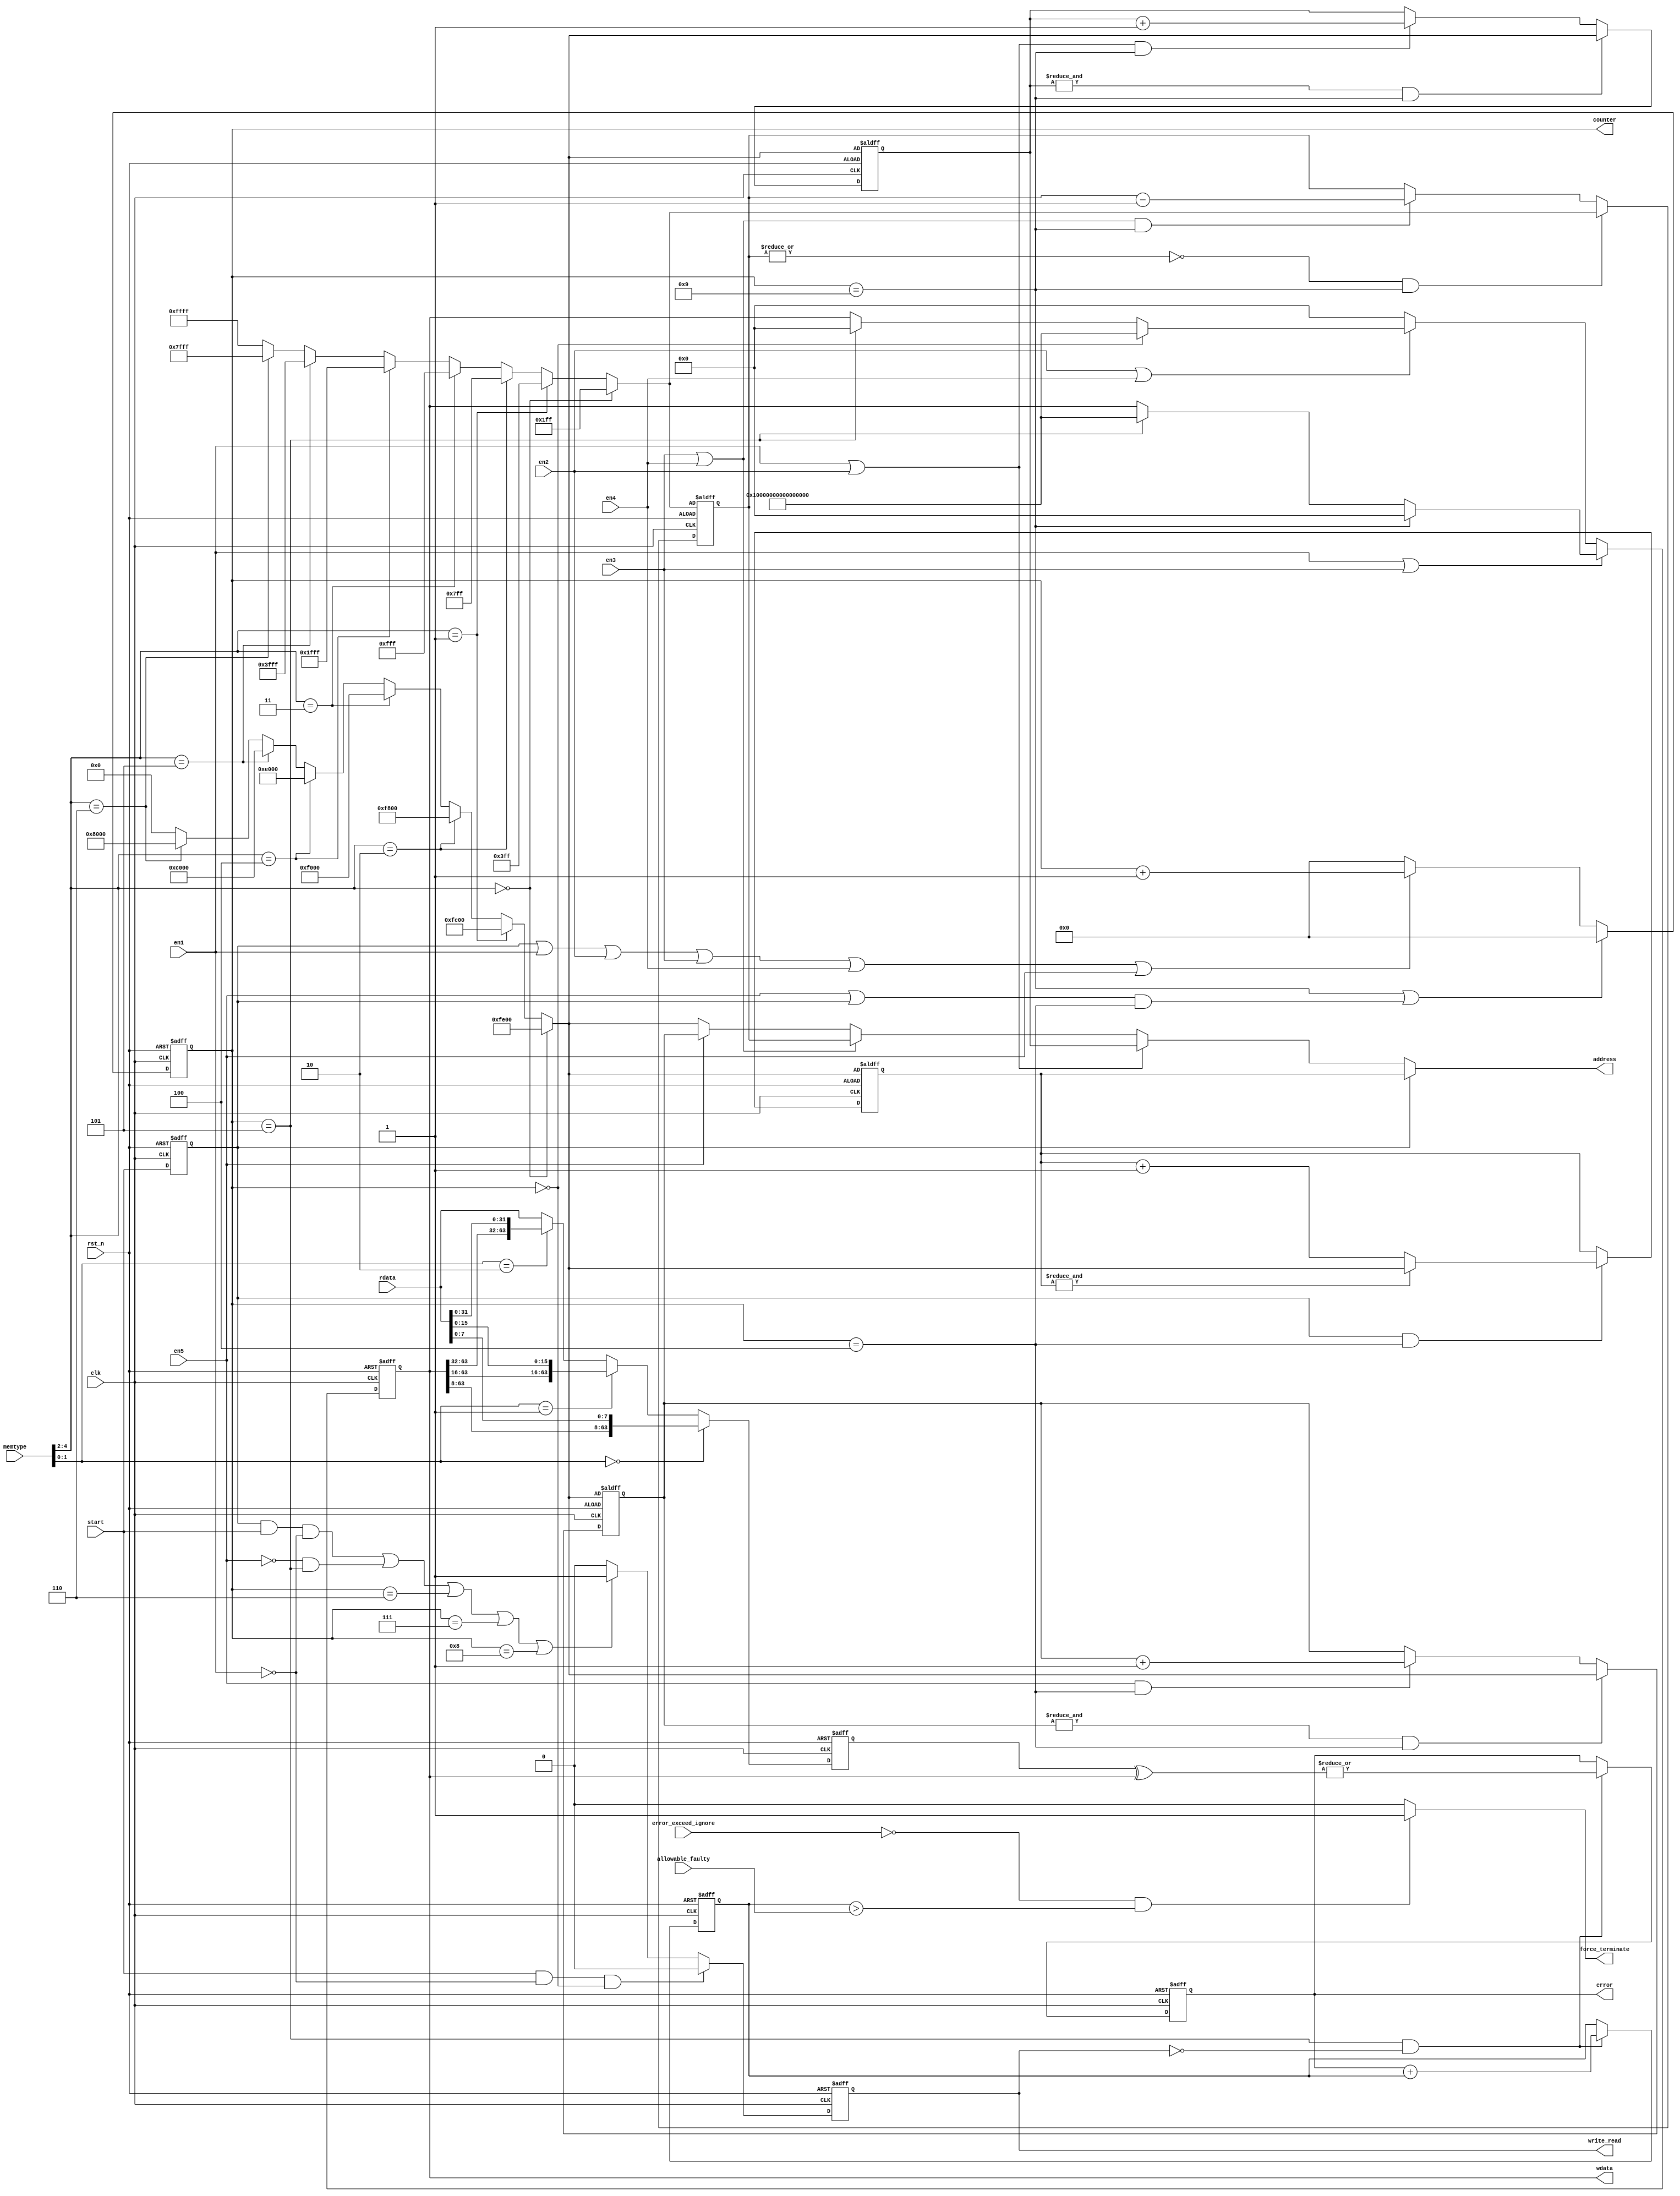
//`timescale 1ns/1ps
module marchc_datapath (clk, rst_n, start, en1, en2, en3, en4, en5, 
                    error_exceed_ignore, allowable_faulty, rdata,memtype,
                    address,
                    write_read,
                    wdata,
                    counter,
                    error,
                    force_terminate);
//DEFINE PARAMETER
parameter DATA_WIDTH =  64;
parameter ADDR_WIDTH =  16;

//DEFINE DATA
parameter DATA_0 = 64'h0000000000000000;
parameter DATA_1 = 64'hFFFFFFFFFFFFFFFF;

//DEFINE ERROR COUNTER START
parameter ERROR_COUNTER_RESET = 16'h0;
input clk,
      rst_n,
      start,
      en1,
      en2,
      en3,
      en4,
      en5,
      error_exceed_ignore;
input [ADDR_WIDTH-1:0] allowable_faulty;
input [DATA_WIDTH-1:0] rdata;
input [4:0] memtype;

output write_read;
output error;
output force_terminate;
output [ADDR_WIDTH-1:0] address;
output [DATA_WIDTH-1:0] wdata;
output [3:0] counter;

wire clk;
wire rst_n;
wire error_exceed_ignore;
wire start, en1, en2, en3, en4, en5;
wire [ADDR_WIDTH-1:0] allowable_faulty;
wire [DATA_WIDTH-1:0] rdata;
wire [ADDR_WIDTH-1:0] address;
wire force_terminate;
wire [4:0] memtype;


reg write_read;
reg error;
reg [DATA_WIDTH-1:0] wdata;
reg [3:0] counter;
reg [ADDR_WIDTH-1:0] address_1;
reg [ADDR_WIDTH-1:0] address_2;
reg [ADDR_WIDTH-1:0] address_3;
reg [ADDR_WIDTH-1:0] address_4;
reg [ADDR_WIDTH-1:0] error_counter;
reg start_1;
wire [ADDR_WIDTH-1:0]ADDRESS_0;
wire [ADDR_WIDTH-1:0]ADDRESS_1;

wire [DATA_WIDTH-1:0] wdata_cp;
reg [DATA_WIDTH-1:0] rdata_cp;
//Counter
always @(posedge clk or negedge rst_n) begin
    if (!rst_n) begin
        counter <= 0;
    end
    else if ((counter == 4'b1001) | ((en5|start_1) & (counter == 4'b0100))) begin    //reset at cc 6th or cc 4th (when en5)
        counter <= 0;
    end
    else if (start_1|en1 | en2 | en3 | en4 | en5) begin
        counter <= counter + 1;
    end
    else begin
        counter <= 0;
    end
end
// DELAY 1 CLOCK FOR 'START' PULSE
always @ (posedge clk or negedge rst_n) begin
    if (!rst_n) begin
        start_1 <= 0;
    end
    else begin
        start_1 <= start;
    end
end

//**********MEMORY_CAPACITY_****************************************************
parameter ADDRESS_0_00000 = 16'b1111111000000000;//9bits
parameter ADDRESS_0_00100 = 16'b1111110000000000;//10bits
parameter ADDRESS_0_01000 = 16'b1111100000000000;//11bits
parameter ADDRESS_0_01100 = 16'b1111000000000000;//12bits
parameter ADDRESS_0_10000 = 16'b1110000000000000;//13bits
parameter ADDRESS_0_10100 = 16'b1100000000000000;//14bits
parameter ADDRESS_0_11000 = 16'b1000000000000000;//15bits
parameter ADDRESS_0_11100 = 16'b0000000000000000;//16bits

parameter ADDRESS_1_00000 = 16'b0000000111111111;//9bits
parameter ADDRESS_1_00100 = 16'b0000001111111111;//10bits
parameter ADDRESS_1_01000 = 16'b0000011111111111;//11bits
parameter ADDRESS_1_01100 = 16'b0000111111111111;//12bits
parameter ADDRESS_1_10000 = 16'b0001111111111111;//13bits
parameter ADDRESS_1_10100 = 16'b0011111111111111;//14bits
parameter ADDRESS_1_11000 = 16'b0111111111111111;//15bits
parameter ADDRESS_1_11100 = 16'b1111111111111111;//16bits
//**********************************MEMORY/PROCESSING*********************************
// PROCESS FOR IDCODE OF ADDRESS
//always @ (memtype) begin
//    if (memtype[3:2] == 2'b01) begin
//        ADDRESS_0 <= ADDRESS_0_0100;
//        ADDRESS_1 <= ADDRESS_1_0100;
//    end 
//    else if (memtype[3:2] == 2'b10) begin
//        ADDRESS_0 <= ADDRESS_0_1000;
//        ADDRESS_1 <= ADDRESS_1_1000;
//    end 
//    else begin
//       ADDRESS_0 <= ADDRESS_0_1100;
//     ADDRESS_1 <= ADDRESS_1_1100;
//    end 
//end
assign ADDRESS_1 = (memtype[4:2]==3'b000)? ADDRESS_1_00000:(memtype[4:2]==3'b001)? ADDRESS_1_00100: (memtype[4:2]==3'b010)? ADDRESS_1_01000:(memtype[4:2]==3'b011)? ADDRESS_1_01100:(memtype[4:2]==3'b100)? ADDRESS_1_10000:(memtype[4:2]==3'b101)? ADDRESS_1_10100:(memtype[4:2]==3'b110)? ADDRESS_1_11000:ADDRESS_1_11100;

assign ADDRESS_0 = (memtype[4:2]==3'b000)? ADDRESS_0_00000:(memtype[4:2]==3'b001)? ADDRESS_0_00100: (memtype[4:2]==3'b010)? ADDRESS_0_01000:(memtype[4:2]==3'b011)? ADDRESS_0_01100:(memtype[4:2]==3'b100)? ADDRESS_0_10000:(memtype[4:2]==3'b101)? ADDRESS_0_10100:(memtype[4:2]==3'b110)? ADDRESS_0_11000:ADDRESS_0_11100;

//----------------------------------------------                                                        
assign wdata_cp = wdata;
// PROCESS FOR IDCODE OF ADDRESS                                                                        
always @ (posedge clk or negedge rst_n) begin
    if (rst_n == 0) begin
        rdata_cp <= 0;
    end
    else begin                                                               
        if (memtype[1:0] == 2'b00) begin                                                                
            rdata_cp <= {wdata[DATA_WIDTH-1:8],rdata[7:0]};                                             
        end                                                                                             
        else if (memtype[1:0] == 2'b01) begin                                                           
            rdata_cp <= {wdata[DATA_WIDTH-1:16],rdata[15:0]};                                           
        end                                                                                             
        else if (memtype[1:0] == 2'b10) begin
            rdata_cp <= {wdata[DATA_WIDTH-1:32],rdata[31:0]};
        end
        else begin
            rdata_cp <= rdata[DATA_WIDTH-1:0];
        end
    end
end
//
//*****************************************************************************************************
//ADDRESS
always @(posedge clk or negedge rst_n ) begin
    if (!rst_n)begin
        address_1 <= ADDRESS_0;
    end
    else if (start_1 & (counter == 4'b0100)) begin
        if (&address_1) begin
            address_1 <= ADDRESS_0;
        end
        else begin
            address_1 <= address_1 + 1;  
        end
    end
    else begin
        address_1 <= address_1;
    end
end 

always @(posedge clk or negedge rst_n ) begin
    if (!rst_n) begin
         address_2 <= ADDRESS_0;
    end
    else if ((&address_2) & (counter == 4'b1001)) begin
         address_2 <= ADDRESS_0;
    end
    else if ((en1 | en2 ) & (counter == 4'b1001)) begin
         address_2 <= address_2 + 1;    // increase at cc 6th
    end
    else begin
         address_2 <= address_2;
    end
end

always @(posedge clk or negedge rst_n ) begin
    if (!rst_n) begin
        address_3 <= ADDRESS_1;
    end
    else if ((~|address_3) & (counter == 4'b1001)) begin
        address_3 <= ADDRESS_1;
    end
    else if ((en3 | en4 ) & (counter == 4'b1001)) begin
        address_3 <= address_3 - 1;    // decrease at cc 6th
    end
    else begin
        address_3 <= address_3;
    end
end

always @(posedge clk or negedge rst_n ) begin
    if (!rst_n) begin
        address_4 <= ADDRESS_0;
    end
    else if ((&address_4) & (counter == 4'b0100)) begin
        address_4 <= ADDRESS_0;
    end
    else if (en5 & (counter == 4'b0100)) begin // need 4cycle for read data of final march state
        address_4 <= address_4 + 1;    // increase at cc 4th
    end
    else begin
        address_4 <= address_4;
    end
end

assign address = (start_1) ? address_1 : (en1 | en2) ? address_2 : (en3 | en4) ? address_3 : (en5) ? address_4 :ADDRESS_0;

//WRITE DATA
always @(posedge clk or negedge rst_n) begin
    if (!rst_n) begin
        wdata <= DATA_0;
    end
    else begin
        if (en1 | en3) begin // adjust the data for comparision and suitable with write_read signal
            if (counter== 4'b1001) begin
                wdata <= DATA_0;
            end
            else if (counter == 4'b0101) begin
                wdata <= DATA_1;
            end
            else begin
                wdata <= wdata;
            end
        end

        else if (en2 | en4) begin // adjust the data for comparision and suitable with write_read signal
            if (counter== 4'b0000) begin // delay clock
                wdata <= DATA_1;
            end
            else if (counter == 4'b0101) begin
                wdata <= DATA_0;
            end
            else begin
                wdata <= wdata;
            end
        end
        else begin
            wdata <= DATA_0;
        end
    end
end

// ENABLE COMPARE
always @(posedge clk or negedge rst_n) begin
    if (!rst_n) begin
        error_counter <= ERROR_COUNTER_RESET;
        error <= 0;
    end
    else begin
        if ((counter == 4'b0101) & (!write_read)) begin
            error <= |(rdata_cp^ wdata_cp);    //compare at cc 3rd
            error_counter <= error + error_counter;
        end
    end
end  
// ENABLE WRITE, READ
always @ (posedge clk or negedge rst_n) begin
    if (!rst_n) begin
        write_read <= 1'b0;
    end
    else begin 
        if ( start & !en1 & (counter==0)) begin
            write_read <= 1'b0;
        end
        else if (((start_1 & start & !en1))| (~en5 & (counter == 4'b0101)) | (counter == 4'b0110)|(counter == 4'b0111)|(counter == 4'b1000)) begin
            write_read <= 1'b1;   //write_enable at cc 5th, write at cc 6th
        end
        else begin
            write_read <= 1'b0;   //read_enable at cc 1st, read at cc 2nd
        end
    end
end

assign force_terminate = ((~error_exceed_ignore) & (error_counter > allowable_faulty)) ? 1'b1 : 1'b0;
   
endmodule